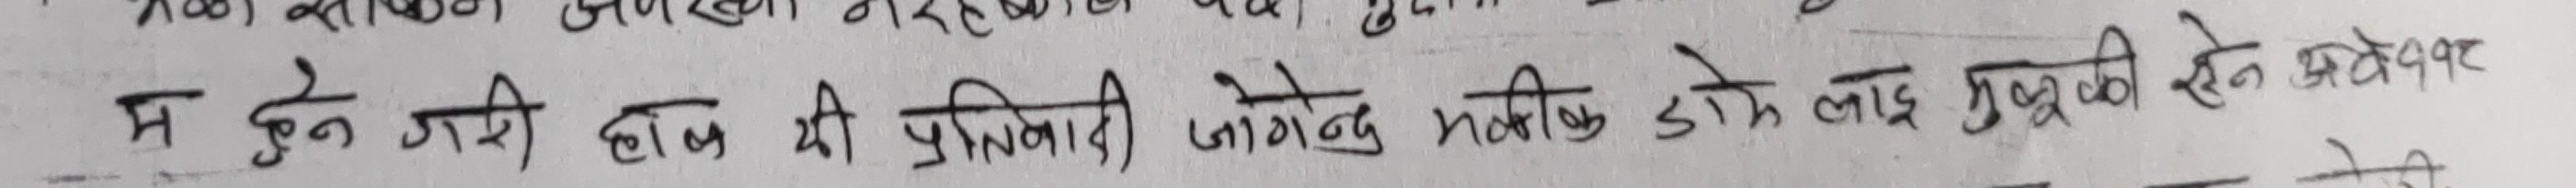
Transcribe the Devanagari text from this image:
म हुने गल्ती हालको प्रतिवादी जोगिन्द्र मालिकले लाईस मुलुकी ऐन अनुसार